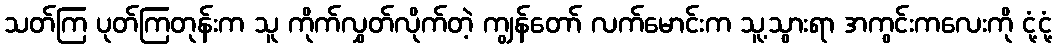
သတ်ကြ ပုတ်ကြတုန်းက သူ ကိုက်လွှတ်လိုက်တဲ့ ကျွန်တော် လက်မောင်းက သူ့သွားရာ အကွင်းကလေးကို ငုံ့ငုံ့